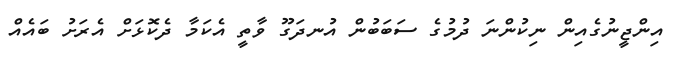
އިންޖީނުގެއިން ނިކުންނަ ދުމުގެ ސަބަބުން އުނދަގޫ ވާތީ އެކަމާ ދެކޮޅަށް އެރަށު ބައެއް